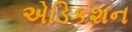
એડિકશન